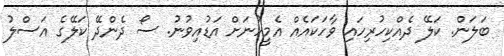
ބަލަން. ކަލޭ ދެއްކިހުރިހައި ވާހަކައެއް އެމީހުނަށް އަޑުއިވުނު. ސޯ ދެންދޭ ކަލޭގެ އަސްލު